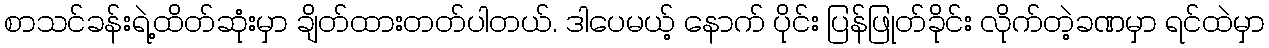
စာသင်ခန်းရဲ့ထိတ်ဆုံးမှာ ချိတ်ထားတတ်ပါတယ်. ဒါပေမယ့် နောက် ပိုင်း ပြန်ဖြုတ်ခိုင်း လိုက်တဲ့ခဏမှာ ရင်ထဲမှာ